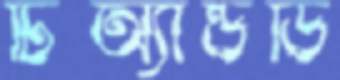
টিঅ্যান্ডডি